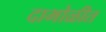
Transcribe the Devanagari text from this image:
दाभोळीत